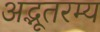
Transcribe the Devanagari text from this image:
अद्भूतरम्य